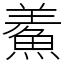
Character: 鮺